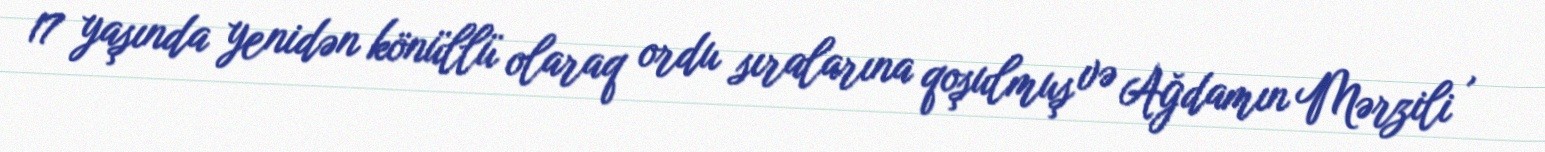
17 yaşında yenidən könüllü olaraq ordu sıralarına qoşulmuş və Ağdamın Mərzili ,